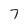
Character: 7